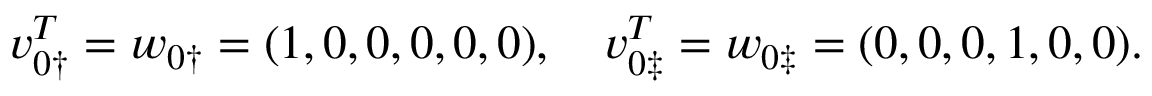
\boldsymbol { v } _ { 0 \dag } ^ { T } = \boldsymbol { w } _ { 0 \dag } = ( 1 , 0 , 0 , 0 , 0 , 0 ) , \quad \boldsymbol { v } _ { 0 \ddag } ^ { T } = \boldsymbol { w } _ { 0 \ddag } = ( 0 , 0 , 0 , 1 , 0 , 0 ) .